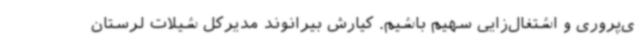
ی‌پروری و اشتغال‌زایی سهیم باشیم. کیارش بیرانوند مدیرکل شیلات لرستان